NAE_ERA_R-2362_Emakeele_Selts, lk 20
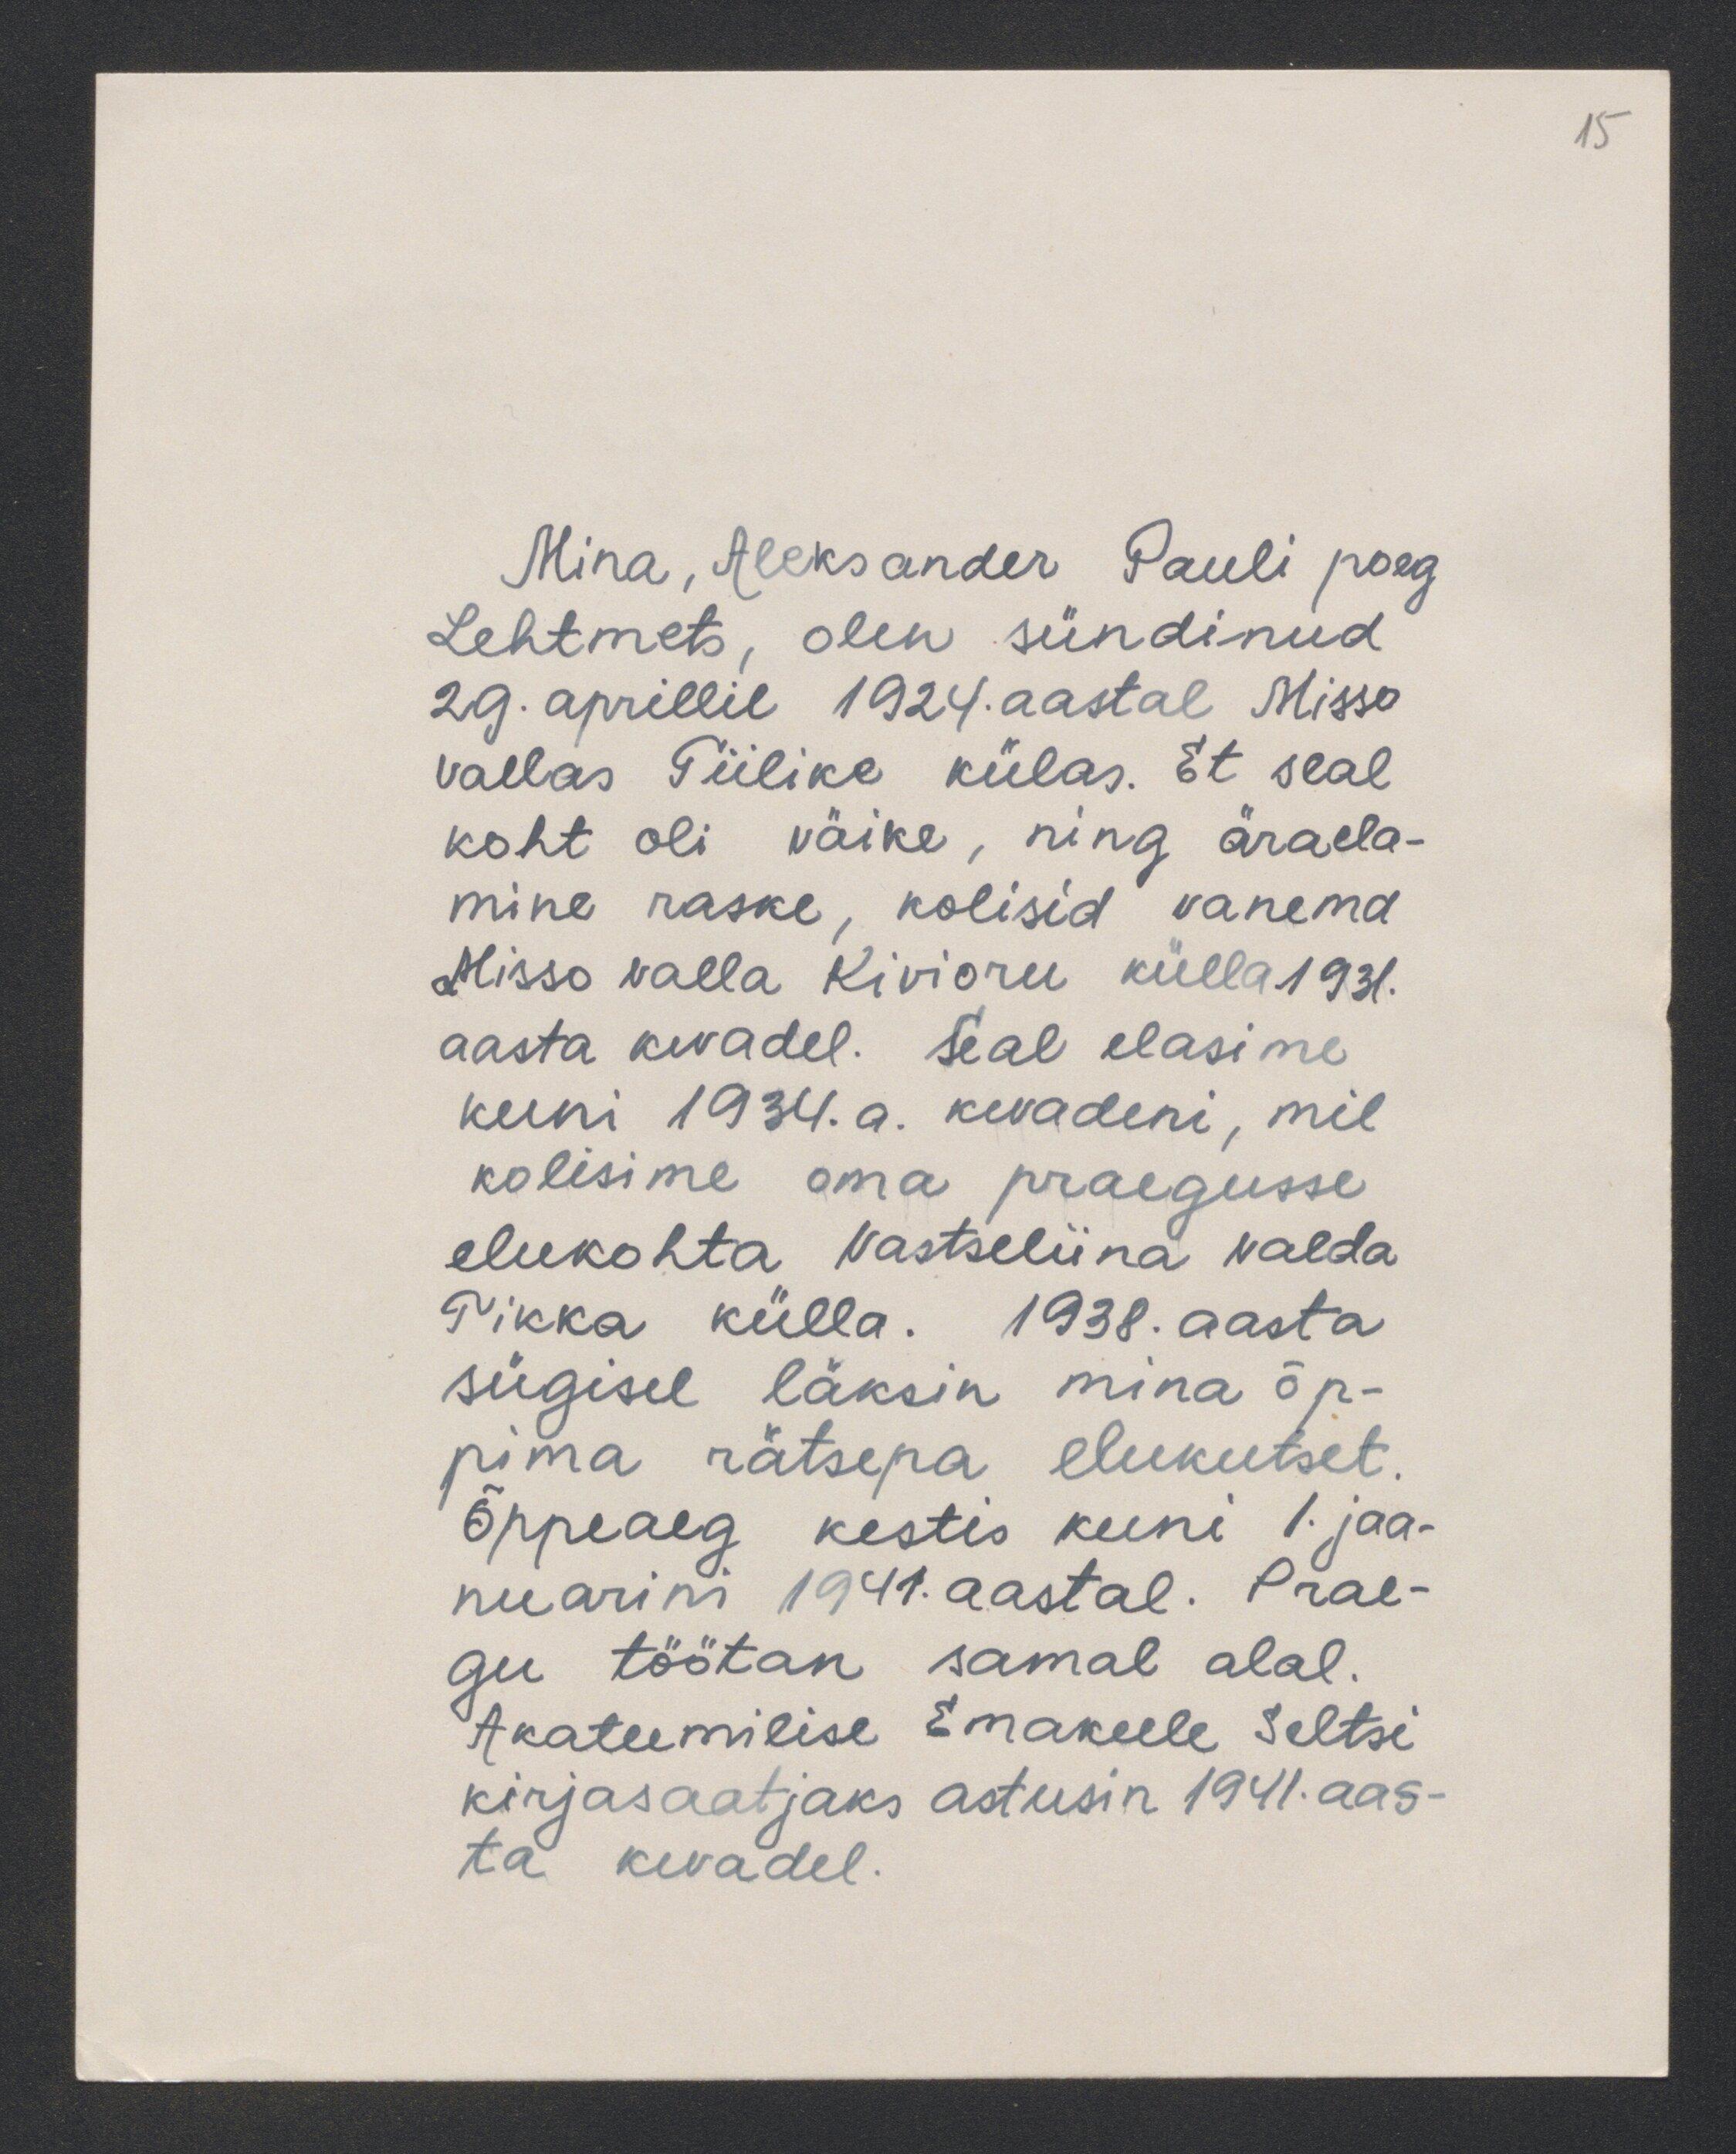
15

Mina, Aleksander Pauli poeg
Lehtmets, olen sündinud
29. aprillil 1924. aastal Misso
vallas Tiilike külas. Et seal
koht oli väike, ning äraela-
mine raske, kolisid vanemad
Misso valla Kivioru külla 1931.
aasta kevadel. Seal elasime
kuni 1934. a. kevadeni, mil
kolisime oma praegusse
elukohta Vastseliina valda
Tikka külla. 1938. aasta
sügisel läksin mina õp-
pima rätsepa elukutset
õppeaeg kestis kuni 1. jaa-
nuarini 1941. aastal. Prae-
gu töötan samal alal.
Akateemilise Emakeele Seltsi
kirjasaatjaks astusin 1941. aas-
ta kevadel.